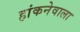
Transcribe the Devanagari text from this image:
हांकनेवाला